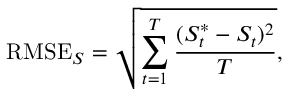
\mathrm { R M S E } _ { S } = \sqrt { \sum _ { t = 1 } ^ { T } \frac { ( S _ { t } ^ { * } - S _ { t } ) ^ { 2 } } { T } } ,